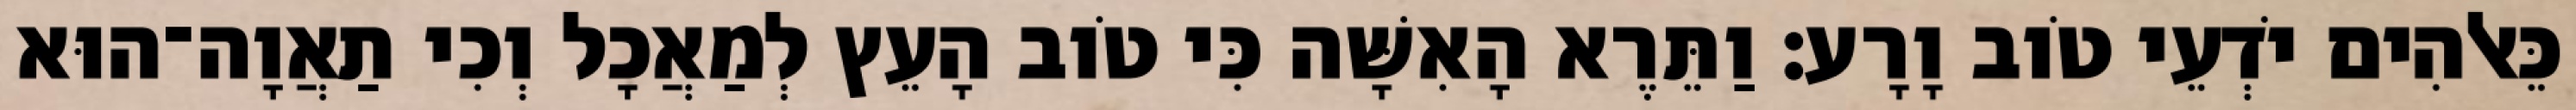
כֵּאלֹהִים יֹדְעֵי טֹוב וָרָע׃ וַתֵּרֶא הָאִשָּׁה כִּי טֹוב הָעֵץ לְמַאֲכָל וְכִי תַאֲוָה־הוּא